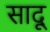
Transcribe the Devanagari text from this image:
सादू